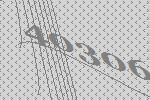
40306